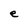
Character: e